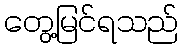
တွေ့မြင်ရသည်